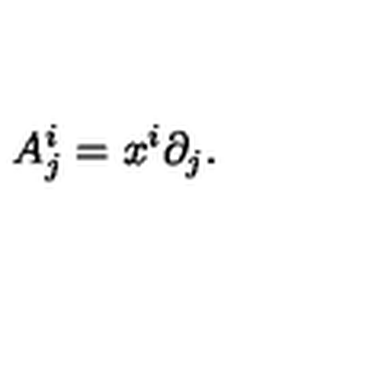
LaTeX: A _ { j } ^ { i } = x ^ { i } \partial _ { j } .